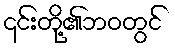
၎င်းတို့၏ဘဝတွင်